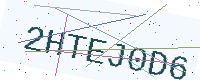
Text: 2HTEJ0D6